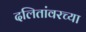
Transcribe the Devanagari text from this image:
दलितांवरच्या